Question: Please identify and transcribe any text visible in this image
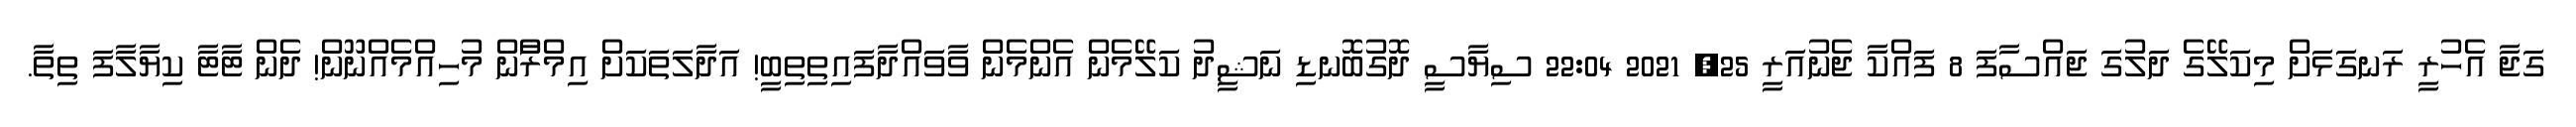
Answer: ގަޖާ އެހުރީ ރަނގަޅަށް މިކަލޭގެ ދަލުގަ ޖައްސާފަ 8 ފައްކާ ޖެނުއަރީ 25, 2021 22:04 ސިޔާސީ ދޮގުބޮނޑި ނަޝީދު ކަލޭމެން އެންމެން ވާވައްދާފައިތިތިބީ! އަދާލަތަކަށް އިމްރާްން މުހިއްމެއްނޫން! ދެން ޓާޓާ ކިޔާލާފަ ތިތާ.